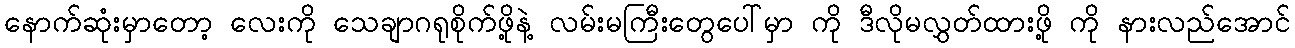
နောက်ဆုံးမှာတော့ လေးကို သေချာဂရုစိုက်ဖို့နဲ့ လမ်းမကြီးတွေပေါ်မှာ ကို ဒီလိုမလွှတ်ထားဖို့ ကို နားလည်အောင်